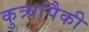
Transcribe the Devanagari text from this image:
कुत्र्यांपैकी